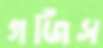
গর্জিস